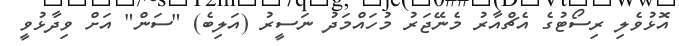
އޮޅުވެލި ރިސޯޓުގެ އެޗްއާރު މެނޭޖަރު މުހައްމަދު ނަސީރު (އަލިބެ) "ސަން" އަށް ވިދާޅުވީ